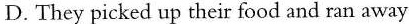
D.They picked up their food and ran away